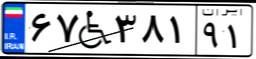
۶۷W۳۸۱۹۱